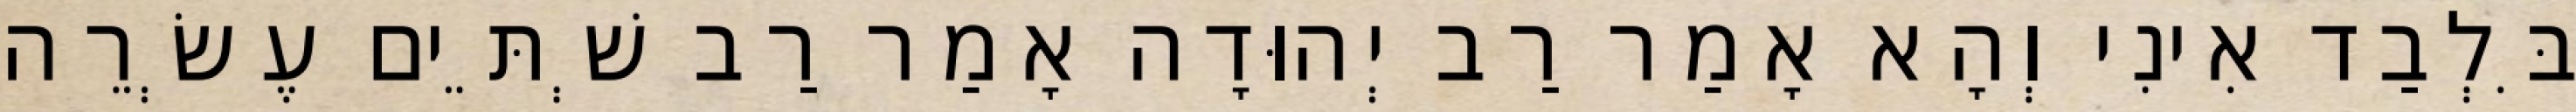
בִּלְבַד אִינִי וְהָא אָמַר רַב יְהוּדָה אָמַר רַב שְׁתֵּים עֶשְׂרֵה